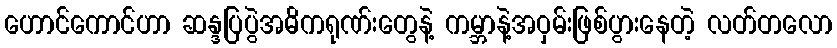
ဟောင်ကောင်ဟာ ဆန္ဒပြပွဲအဓိကရုဏ်းတွေနဲ့ ကမ္ဘာနဲ့အဝှမ်းဖြစ်ပွားနေတဲ့ လတ်တလော